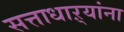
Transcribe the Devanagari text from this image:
सत्ताधाऱ्यांना